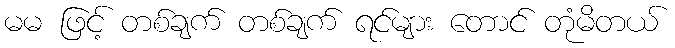
မမ ဖြင့် တစ်ချက် တစ်ချက် ရင်များ တောင် တုံမိတယ်